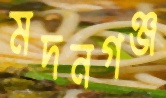
মদনগঞ্জ